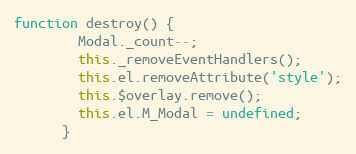
Language: JavaScript
function destroy() {
        Modal._count--;
        this._removeEventHandlers();
        this.el.removeAttribute('style');
        this.$overlay.remove();
        this.el.M_Modal = undefined;
      }